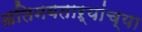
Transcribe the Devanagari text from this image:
अतिनवताऱ्यांच्या